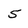
Character: 5